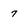
Character: 7